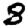
Digit: 8